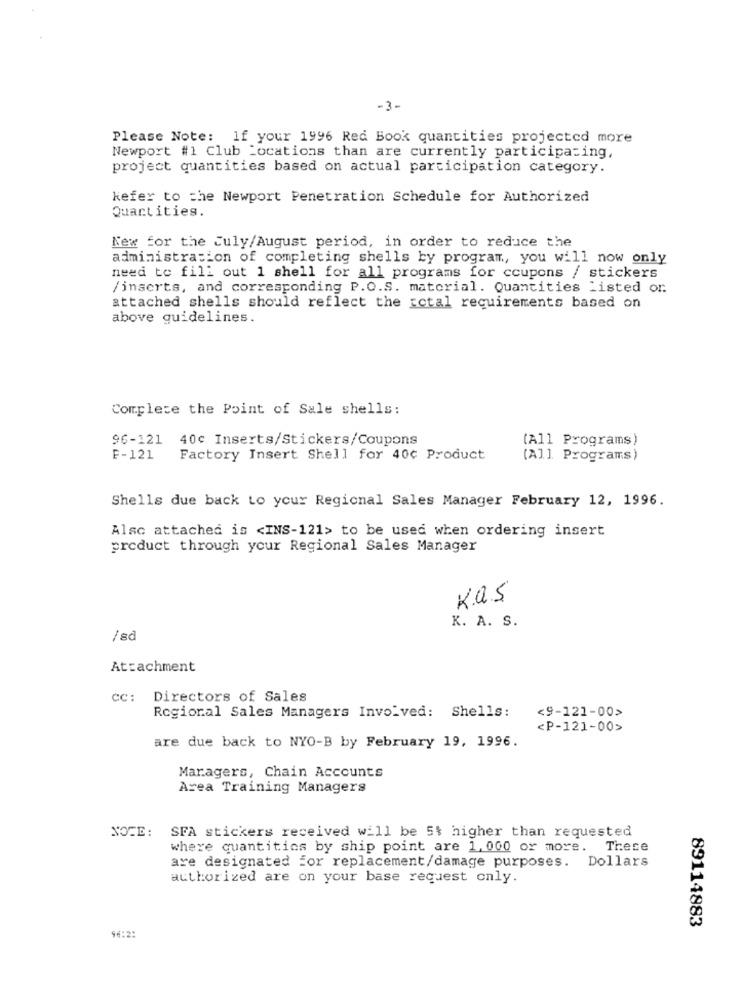
-3-
Please Note: If your 1996 Red Book quantities projected more
Newport #1 Club Locations than are currently participating,
project quantities based on actual participation category.
kefer to the Newport Penetration Schedule for Authorized
Quart ities.
New for the July/August period, in order to reduce the
administration of completing shells by program, you will now only
need to fill out 1 shell for all programs for coupons / stickers
/inserts, and corresponding P.O.S. material. Quantities Listed or
attached shells should reflect the ictal requirements based on
above guidelines.
Complete the Point of Sale shells:
96-121 40c Inserts/Stickers/Coupons
(All Programs)
F-121
Factory Insert Shell for 40¢ Product
(A]] Programs)
Shells due back to your Regional Sales Manager February 12, 1996.
Also attached is <INS-121> to be used when ordering insert
product through your Regional Sales Manager
K.a.s
K. A. S.
/ sd
Attachment
cc: Directors of Sales
Regional Sales Managers Involved: Shells:
<9-121-00>
<P-121-00>
are due back to NYO-B by February 19, 1996.
Maragers, Chain Accounts
Area Training Managers
NOTE: SFA stickers received will be 5% higher than requested
where quantities by ship point are 1, 000 or more. These
are designated for replacement/damage purposes. Dollars
authorized are on your base request only.
89114883
96:2: